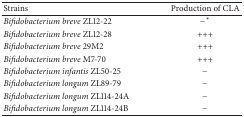
<table><thead><tr><td><b>Strains</b></td><td><b>Production of CLA</b></td></tr></thead><tbody><tr><td><i>Bifidobacterium breve</i> ZL12-22</td><td>−∗</td></tr><tr><td><i>Bifidobacterium breve</i> ZL12-28</td><td>+++</td></tr><tr><td><i>Bifidobacterium breve</i> 29M2</td><td>+++</td></tr><tr><td><i>Bifidobacterium breve</i> M7-70</td><td>+++</td></tr><tr><td><i>Bifidobacterium infantis</i> ZL50-25</td><td>−</td></tr><tr><td><i>Bifidobacterium longum</i> ZL89-79</td><td>−</td></tr><tr><td><i>Bifidobacterium longum</i> ZL114-24A</td><td>−</td></tr><tr><td><i>Bifidobacterium longum</i> ZL114-24B</td><td>−</td></tr></tbody></table>